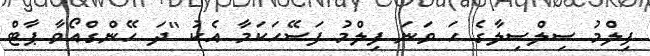
ފިލްމު ސިލްސިލާގެ ހަ ވަނަ ފިލްމު ފަސޭހަކަމާ އެކު "ދަ ހޭންގްއޯވާ ޕާޓް